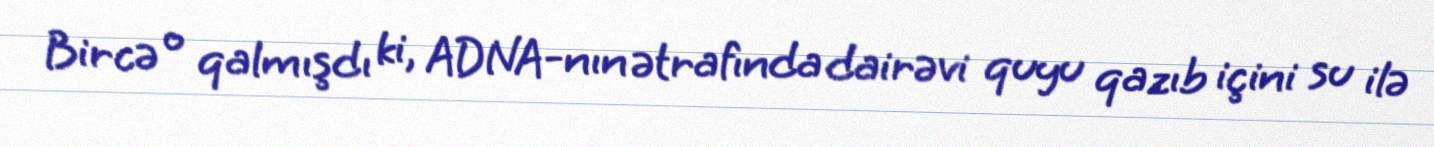
Bircə o qalmışdı ki, ADNA-nın ətrafında dairəvi quyu qazıb içini su ilə